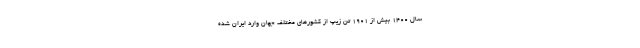
سال ۱۴۰۰ بیش از ۱۹۰۱ تن زیپ از کشور‌های مختلف جهان وارد ایران شده